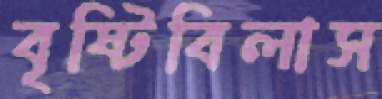
বৃষ্টিবিলাস